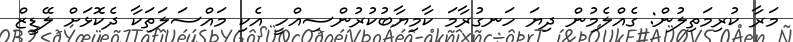
މަރާ ކުރިމަތިލުން: ގެއްލެމުން ދިޔަ ހަނގުރާމަ ކާމިޔާބުކުރުންސިއްހީ އެކި މައްސަލަތަކާ ދެކޮޅަށް ލޭޑީޒް